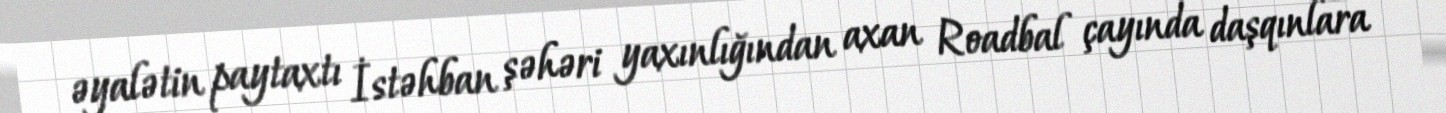
əyalətin paytaxtı İstəhban şəhəri yaxınlığından axan Roadbal çayında daşqınlara